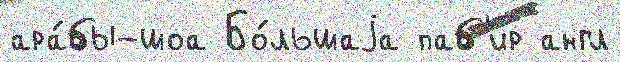
ара́бы-шоа Бо́льшаjа паб'ир англ